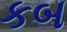
કબ